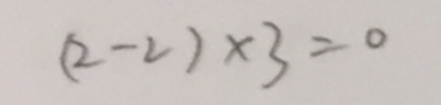
( 2 - 2 ) \times 3 = 0